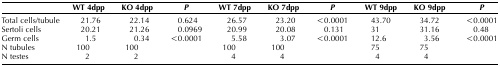
|  | WT 4dpp | KO 4dpp | P | WT 7dpp | KO 7dpp | P | WT 9dpp | KO 9dpp | P |
 | --- | --- | --- | --- | --- | --- | --- | --- | --- | --- |
 | Total cells/tubule | 21.76 | 22.14 | 0.624 | 26.57 | 23.20 | <0.0001 | 43.70 | 34.72 | <0.0001 |
 | Sertoli cells | 20.21 | 21.26 | 0.0969 | 20.99 | 20.08 | 0.131 | 31 | 31.16 | 0.48 |
 | Germ cells | 1.5 | 0.34 | <0.0001 | 5.58 | 3.07 | <0.0001 | 12.6 | 3.56 | <0.0001 |
 | N tubules | 100 | 100 |  | 100 | 100 |  | 75 | 75 |  |
 | N testes | 2 | 2 |  | 4 | 4 |  | 4 | 4 |  |